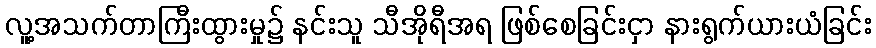
လူ့အသက်တာကြီးထွားမှု၌ နင်းသူ သီအိုရီအရ ဖြစ်စေခြင်းငှာ နားရွက်ယားယံခြင်း